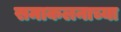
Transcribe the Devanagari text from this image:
समाकलनाच्या